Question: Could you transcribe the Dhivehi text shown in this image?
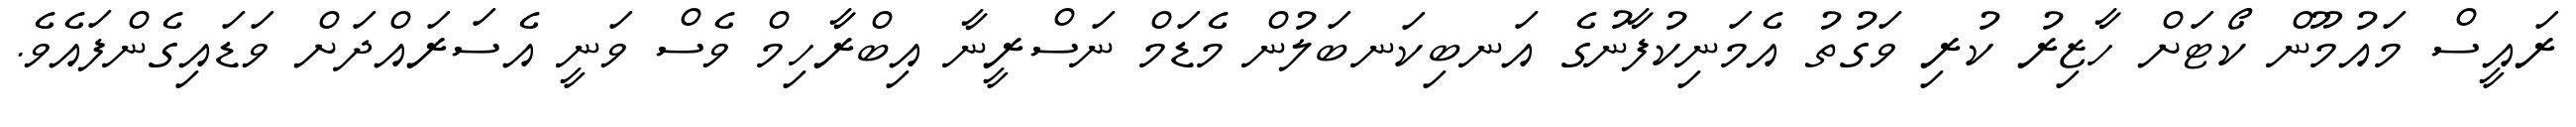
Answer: ރައީސް މައުމޫން ކޯޓަށް ހާޒިރު ކުރި ވަގުތު އެމަނިކުފާނުގެ އަނބިކަނބަލުން މެޑަމް ނަސްރީނާ އިބްރާހިމް ވެސް ވަނީ އެސަރައްދަށް ވަޑައިގެންފައެވެ.